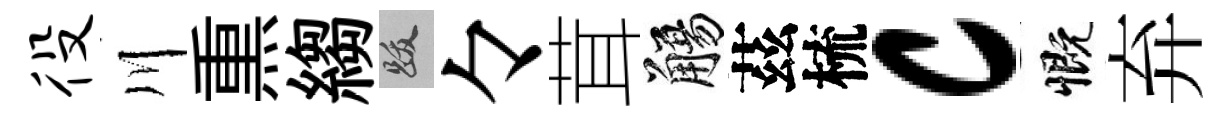
役川𤋱縐跋々茸觴茲梳c慨弃